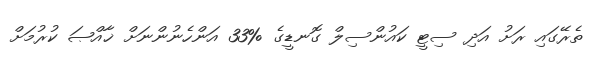
ތެރޭގައި ރަށު އަދި ސިޓީ ކައުންސިލް ގޮނޑީގެ %33 އަންހެނުންނަށް ޚާއްޞަ ކުރުމަށް